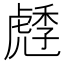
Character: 𧇯